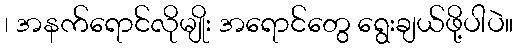
၊ အနက်ရောင်လိုမျိုး အရောင်တွေ ရွေးချယ်ဖို့ပါပဲ။